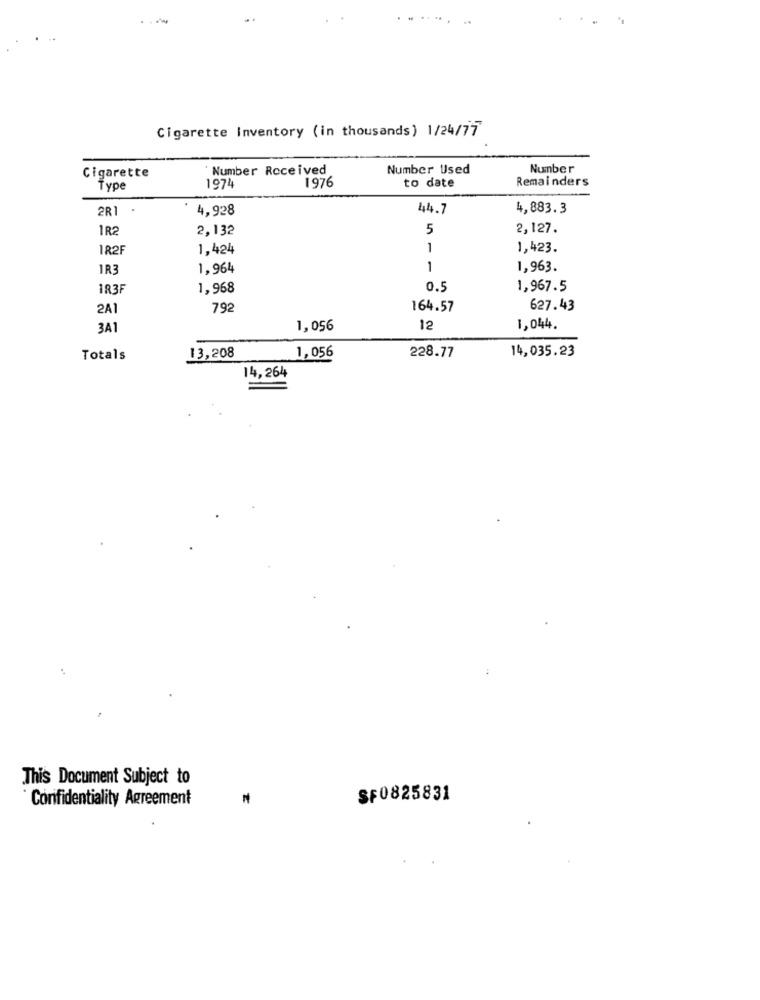
Cigarette Inventory (in thousands) 1/24/77
` Number Received
Number Used
Number
Cigarette
Remainders
Type
1974
1976
to date
2R1 .
4,928
44.7
4,883.3
1R2
2,132
5
2,127.
182F
1,424
1
1,423.
IR3
1,964
1
1,963.
183F
1,968
0.5
1,967.5
2A1
792
164.57
627.43
3A1
1,056
12
1,044.
13,208
14,035.23
Totals
1,056
228.77
14, 264
This Document Subject to
Confidentiality Agreement
SF0825831